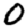
Digit: 0